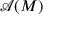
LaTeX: { \mathcal { A } } ( M )